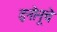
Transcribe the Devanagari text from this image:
इनोनूचे